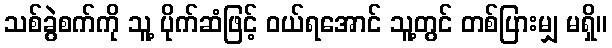
သစ်ခွဲစက်ကို သူ့ ပိုက်ဆံဖြင့် ဝယ်ရအောင် သူ့တွင် တစ်ပြားမျှ မရှိ။